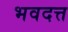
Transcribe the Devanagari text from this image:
भवदत्त